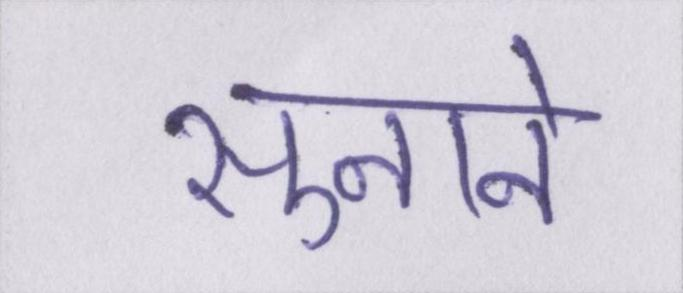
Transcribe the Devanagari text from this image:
सुनाने